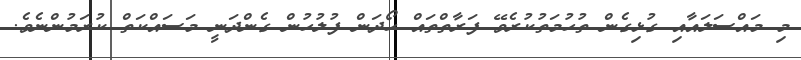
މި މައްސަލައާއި ގުޅިގެން ތުހުމަތުކުރެވޭ ފަރާތްތައް ހޯދަން ފުލުހުން ގެންދަނީ މަސައްކަތް ކުރަމުންނެވެ.